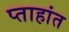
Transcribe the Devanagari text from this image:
प्ताहांत